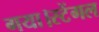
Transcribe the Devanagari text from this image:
गया।स्टेंगल